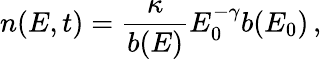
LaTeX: n(E,t)=\frac{\kappa}{b(E)}E_{0}^{-\gamma}b(E_{0})\, ,